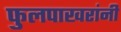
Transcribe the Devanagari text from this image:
फुलपाखरांनी